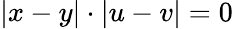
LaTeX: |x-y|\cdot|u-v|=0